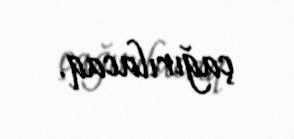
çağırılacaq.